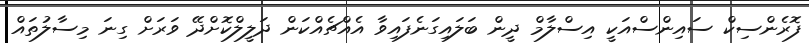
ފޮރެންސިކް ސައިންސްއަކީ އިސްލާމް ދީން ބަލައިގަނެފައިވާ އެއްޗެއްކަން ދަލީލްކޮށްދޭ ވަރަށް ގިނަ މިސާލުތައް